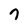
Character: 7